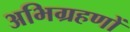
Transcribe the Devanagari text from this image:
अभिग्रहणों